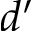
d ^ { \prime }